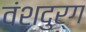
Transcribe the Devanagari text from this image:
वंशदुर्ग